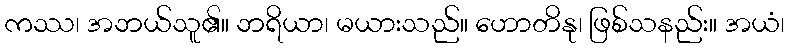
ကဿ၊ အဘယ်သူ၏။ ဘရိယာ၊ မယားသည်။ ဟောတိနု၊ ဖြစ်သနည်း။ အယံ၊